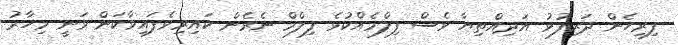
ފިރިހެން ދަރިފުޅު އަދިއްތިޔާ ވެސް ފިލްމެއްކުޅެ ފިލްމް ނެރެން ކައިރިވެފައިވާކަން ވަނީ މިހާރު